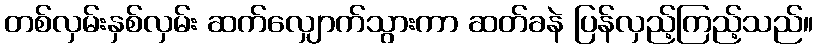
တစ်လှမ်းနှစ်လှမ်း ဆက်လျှောက်သွားကာ ဆတ်ခနဲ ပြန်လှည့်ကြည့်သည်။